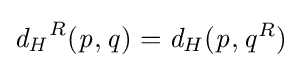
{\mathit {d_{H}}}^{R}({\mathit {p}},{\mathit {q}})={\mathit {d}}_{H}({\mathit {p}},{\mathit {q}}^{R})